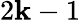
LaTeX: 2\mathbf{k}-1